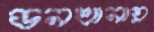
ডনখানায়